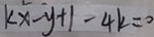
k x - y + 1 - 4 k = 0